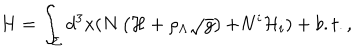
H = \int _ { \Sigma } d ^ { 3 } x ( N \left( { \cal H } + \rho _ { \Lambda } \sqrt { g } \right) { \cal + } N ^ { i } { \cal H } _ { i } ) + b . t . ,